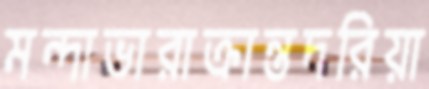
মন্দাভারাক্রান্তদরিয়া